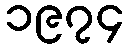
၁၉၇၄